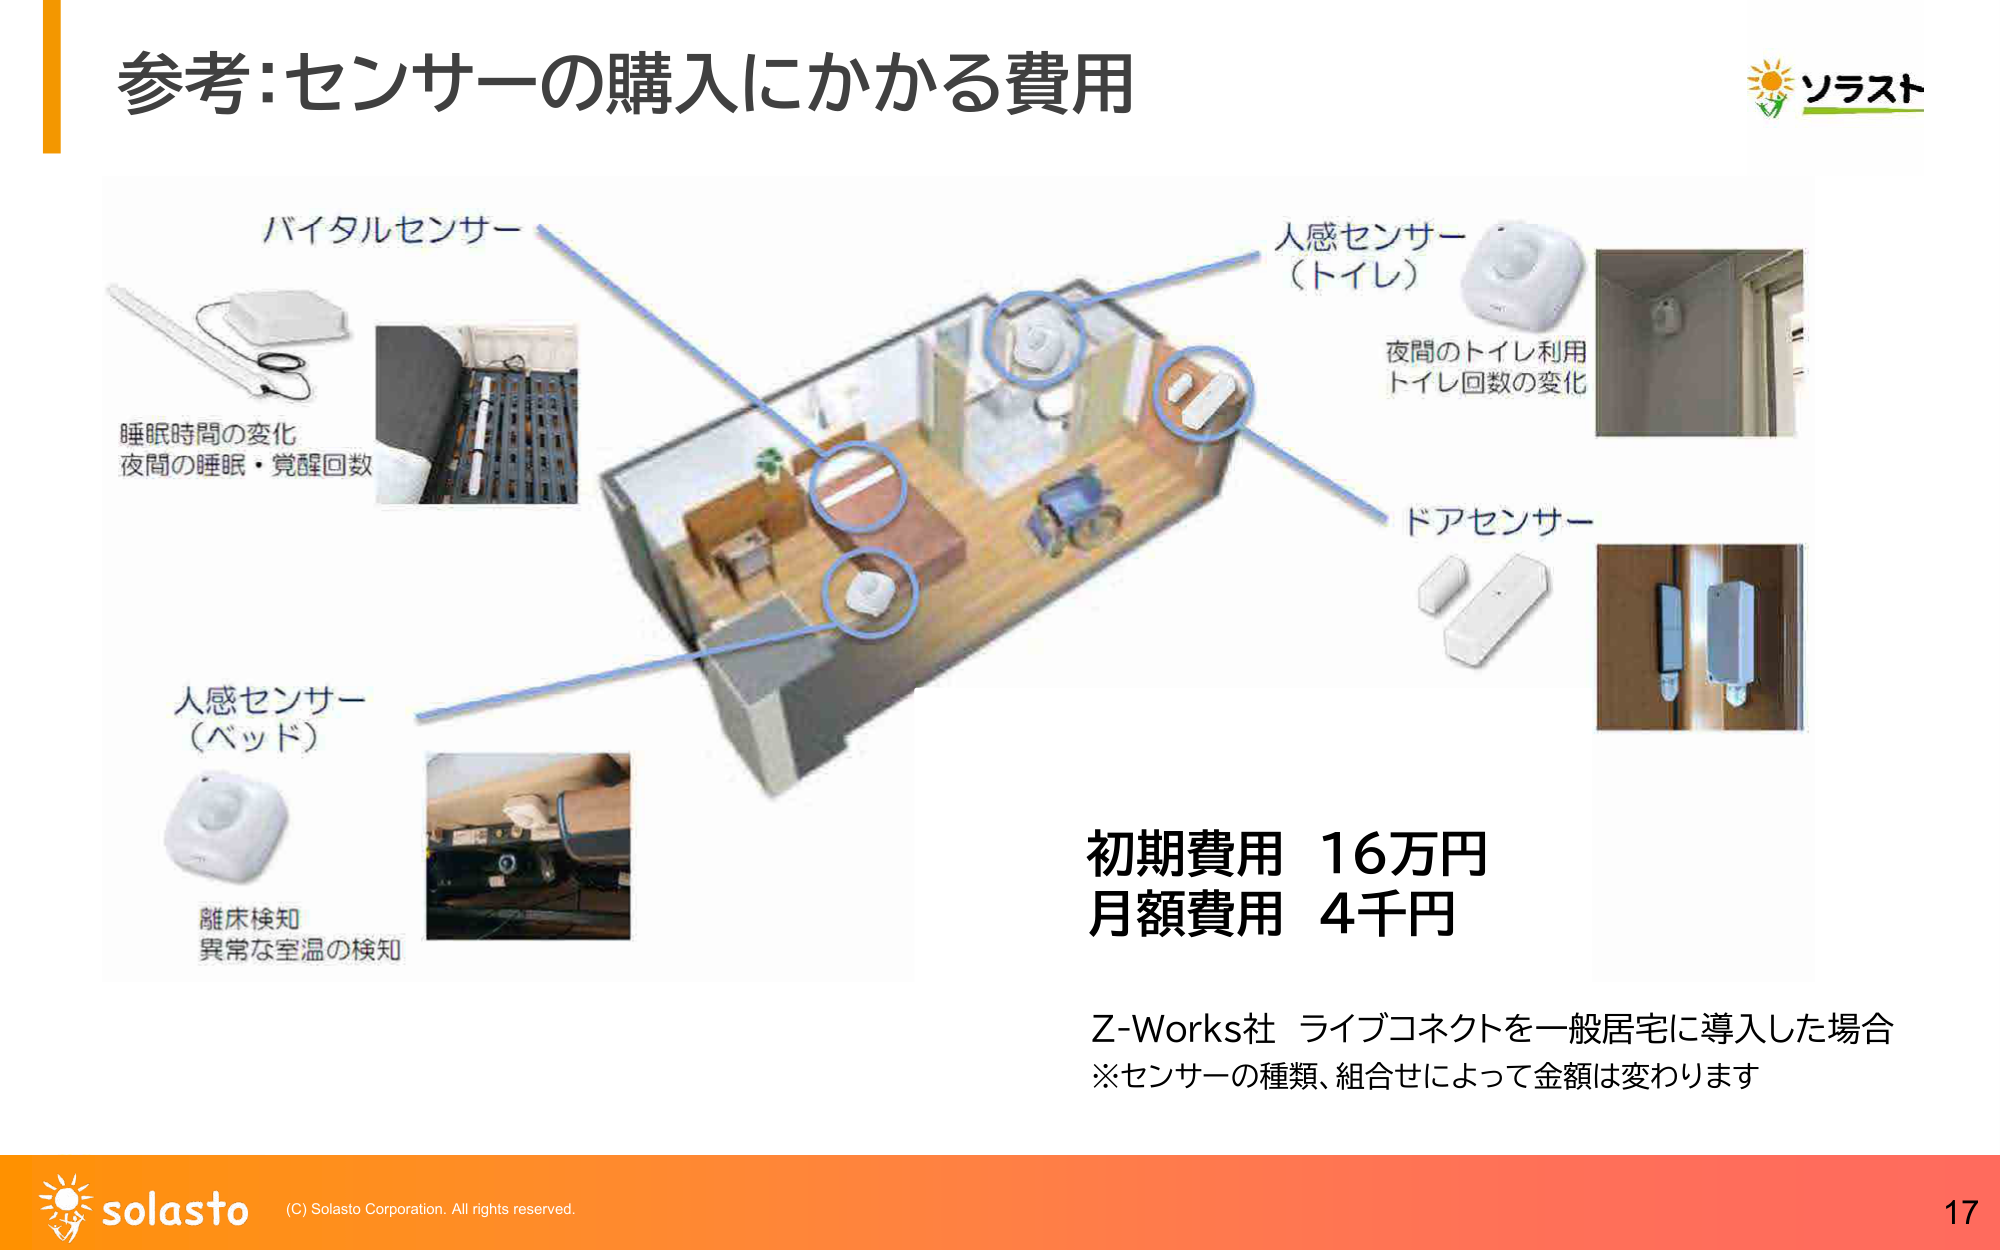
参考:センサーの購入にかかる費用

バイタルセンサー
睡眠時間の変化
夜間の睡眠・覚醒回数

人感センサー（ベッド）
離床検知
異常な室温の検知

人感センサー（トイレ）
夜間のトイレ利用
トイレ回数の変化

ドアセンサー

初期費用 16万円
月額費用 4千円

Z-Works社 ライブコネクトを一般住宅に導入した場合
※センサーの種類、組合せによって金額は変わります

ソラスト

solasto
(C) Solasto Corporation. All rights reserved.
17